Civil Veterinary Dept. Assam report 1911-1927 - 1911-1927
Year: 1911
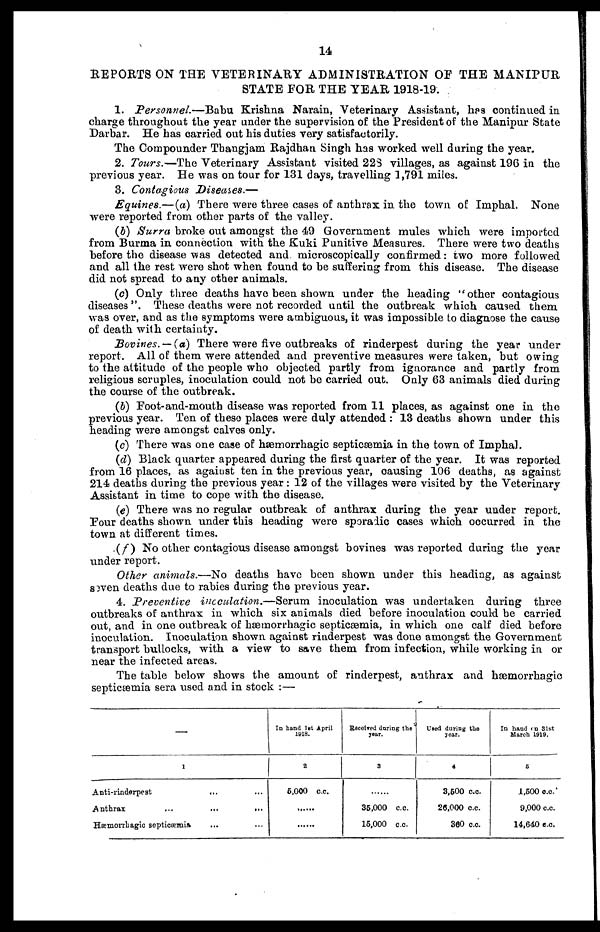
14
REPORTS ON THE VETERINARY ADMINISTRATION OF THE MANIPUR
STATE FOR THE YEAR 1918-19.
1. Personnel.—Babu Krishna Narain, Veterinary Assistant, has continued in
charge throughout the year under the supervision of the President of the Manipur State
Darbar. He has carried out his duties very satisfactorily.
The Compounder Thangjam Rajdhan Singh has worked well during the year.
2. Tours.—The Veterinary Assistant visited 223 villages, as against 196 in the
previous year. He was on tour for 131 days, travelling 1,791 miles.
3. Contagious Diseases.—
Equines.—(a) There were three cases of anthrax in the town of Imphal. None
were reported from other parts of the valley.
(b) Surra broke out amongst the 49 Government mules which were imported
from Burma in connection with the Kuki Punitive Measures. There were two deaths
before the disease was detected and microscopically confirmed: two more followed
and all the rest were shot when found to be suffering from this disease. The disease
did not spread to any other animals.
(c) Only three deaths have been shown under the heading
other contagious
diseases. These deaths were not recorded until the outbreak which caused them
was over, and as the symptoms were ambiguous, it was impossible to diagnose the cause
of death with certainty.
Bovines.--(a) There were five outbreaks of rinderpest during the year under
report. All of them were attended and preventive measures were taken, but owing
to the attitude of the people who objected partly from ignorance and partly from
religious scruples, inoculation could not be carried out. Only 63 animals died during
the course of the outbreak.
(b) Foot-and-mouth disease was reported from 11 places, as against one in the
previous year. Ten of these places were duly attended : 13 deaths shown under this
heading were amongst calves only.
(c) There was one case of hæmorrhagic septicæmia in the town of Imphal.
(d) Black quarter appeared during the first quarter of the year. It was reported
from 16 places, as against ten in the previous year, causing 106 deaths, as against
214 deaths during the previous year: 12 of the villages were visited by the Veterinary
Assistant in time to cope with the disease.
(e) There was no regular outbreak of anthrax during the year under report.
Four deaths shown under this heading were sporadic cases which occurred in the
town at different times.
(f) No other contagious disease amongst bovines was reported during the year
under report.
Other animas.—No deaths have been shown under this heading, as against
seven deaths due to rabies during the previous year.
4. Preventire inoculation.—Serum inoculation was undertaken during three
outbreaks of anthrax in which six animals died before inoculation could be carried
out, and in one outbreak of hæmorrhagic septicæmia, in which one calf died before
inoculation. Inoculation shown against rinderpest was done amongst the Government
transport bullocks, with a view to save them from infection, while working in or
near the infected areas.
The table below shows the amount of rinderpest, anthrax and hæmorrhagic
septicæmia sera used and in stock :—
1
Anti-rinderpest
Anthrax
...
...
...
Hæmorrhagic septicæmia ... ...
In hand 1st April
1918.
2
6,000 c.c.
Received during the
year.
3
35,000 c.c.
15,000 c.c.
Used during the
year.
4
3,500 c.c.
26,000 c.c.
360 c.c.
In hand on 31st
March 1919.
5
1,500 c.c.
9,000 c.c.
14,640 c.c.